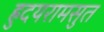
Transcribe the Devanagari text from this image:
ह्रुदयरामसुत